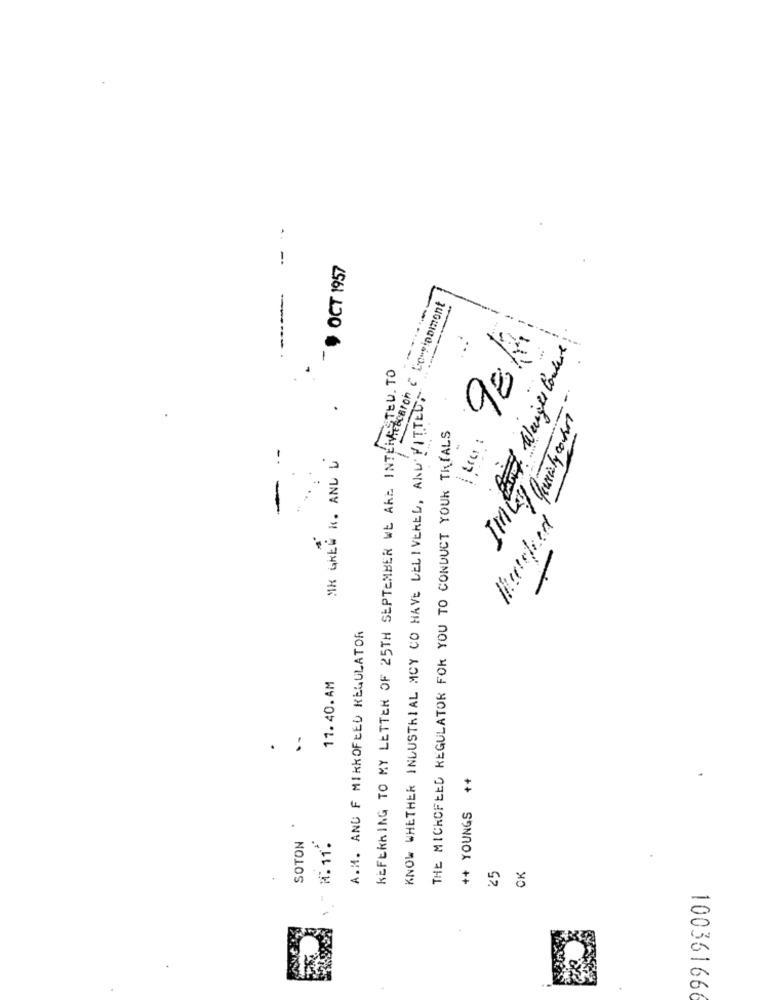
- -
$ OCT 1957
-----
BEPERKING TO MY LETTER OF 25TH SEPTEMBER WE ARE IN Location & Low
98/
---
-
Weiger Couture
----
ESTEU. TO
KNOW WHETHER INDUSTRIAL MCY CO HAVE DELIVERED, AND FITTED,
.
IMk/ QueTycoon
THE MICROFEED REGULATOR FOR YOU TO CONDUCT YOUK TRIALS
MK GREW K. AND U
A. M. AND F MIKKOFEED REGULATOR
11.40.AM
++ YOUNGS ++
.
SOTON
M: 11.
25
CK
10036166